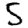
Digit: 5